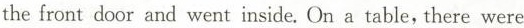
the front door and went inside. On a tabl "abe, Here were